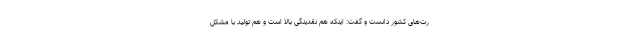
رت‌های کشور دانست و گفت: اینکه هم نقدینگی بالا است و هم تولید با مشکل